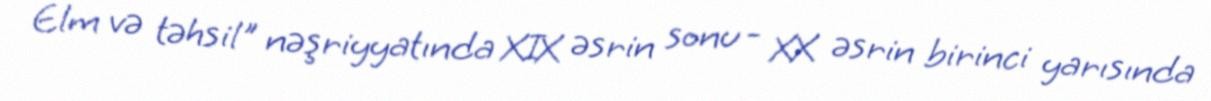
Elm və təhsil" nəşriyyatında XIX əsrin sonu - XX əsrin birinci yarısında